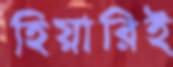
হিয়ারিই